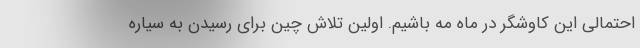
احتمالی این کاوشگر در ماه مه باشیم. اولین تلاش چین برای رسیدن به سیاره